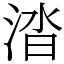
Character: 涾